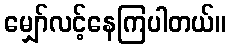
မျှော်လင့်နေကြပါတယ်။